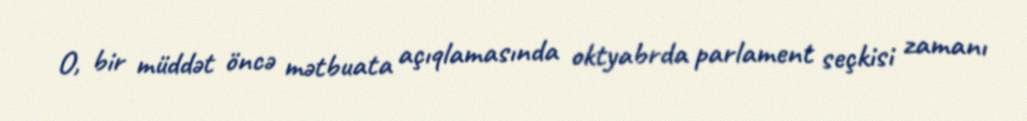
O, bir müddət öncə mətbuata açıqlamasında oktyabrda parlament seçkisi zamanı